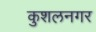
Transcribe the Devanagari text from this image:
कुशलनगर